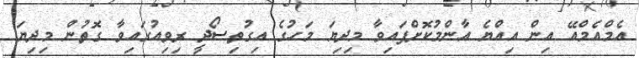
އެމްއެމްއޭ އިން އިއްޔެ އާންމުކޮށްފައިވާ މިދިޔަ މަހުގެ އިގުތިސޯދީ ރިވިއުގައިވާ ގޮތުން މިދިޔަ